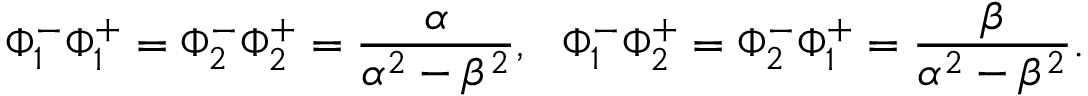
\Phi _ { 1 } ^ { - } \Phi _ { 1 } ^ { + } = \Phi _ { 2 } ^ { - } \Phi _ { 2 } ^ { + } = \frac { \alpha } { \alpha ^ { 2 } - \beta ^ { 2 } } , ~ ~ \Phi _ { 1 } ^ { - } \Phi _ { 2 } ^ { + } = \Phi _ { 2 } ^ { - } \Phi _ { 1 } ^ { + } = \frac { \beta } { \alpha ^ { 2 } - \beta ^ { 2 } } .